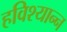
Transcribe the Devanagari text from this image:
हविश्यान्न